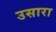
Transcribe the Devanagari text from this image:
उसारा